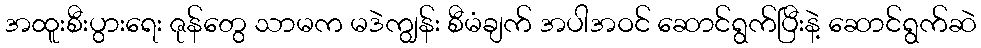
အထူးစီးပွားရေး ဇုန်တွေ သာမက မဒဲကျွန်း စီမံချက် အပါအဝင် ဆောင်ရွက်ပြီးနဲ့ ဆောင်ရွက်ဆဲ